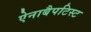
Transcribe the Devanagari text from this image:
ऐनाबैपटिस्ट